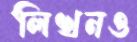
লিখনও